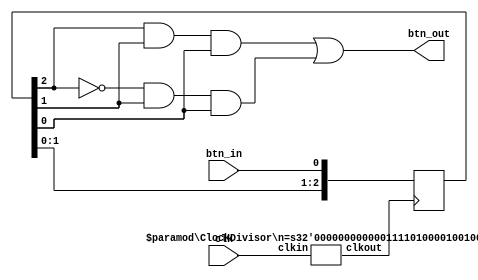
`timescale 1ns / 1ps
//////////////////////////////////////////////////////////////////////////////////
// Company: 
// Engineer: 
// 
// Design Name: 
// Module Name: Button_Debounce
// Project Name: 
// Target Devices: 
// Tool Versions: 
// Description: 
// 
// Dependencies: 
// 
// Revision:
// Revision 0.01 - File Created
// Additional Comments:
// 
//////////////////////////////////////////////////////////////////////////////////


module Button_Debounce(
    input clk,
    input btn_in,
    output btn_out
    );
    
    reg [2:0] btn=0;
    wire clk_20ms;
    
    ClockDivisor #(1000000) t_20ms(clk,clk_20ms);
    
    always @(posedge clk_20ms) begin
        btn[0]<=btn_in;
        btn[1]<=btn[0];
        btn[2]<=btn[1];
    end
    assign btn_out=(btn[2]&btn[1]&btn[0])|(~btn[2]&btn[1]&btn[0]);
endmodule


module ClockDivisor(
    input clkin,
    output reg clkout=0
    );
    parameter n=50000000;
    reg [31:0] count=1;
    always @ (posedge clkin)
    begin
        if(count<n)
            count<=count+1;
        else
        begin
            count<=1;
            clkout<=~clkout;
        end
    end
endmodule